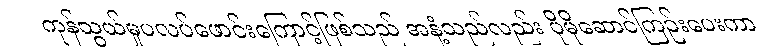
ကုန်သွယ်မှုပလပ်ဖောင်းကြောင့်ဖြစ်သည် အနံ့သည်လည်း ပိုမိုဆောင်ကြဉ်းပေးကာ